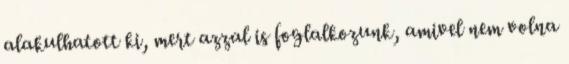
alakulhatott ki, mert azzal is foglalkozunk, amivel nem volna